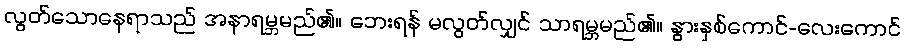
လွတ်သောနေရာသည် အနာရမ္ဘမည်၏။ ဘေးရန် မလွတ်လျှင် သာရမ္ဘမည်၏။ နွားနှစ်ကောင်-လေးကောင်